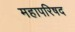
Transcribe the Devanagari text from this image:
महापरिषद